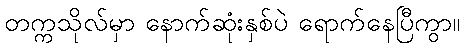
တက္ကသိုလ်မှာ နောက်ဆုံးနှစ်ပဲ ရောက်နေပြီကွာ။